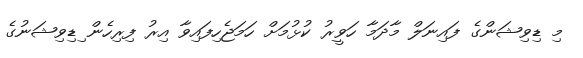
މި ޑިވިޝަންގެ ފައިނަލް މާދަމާ ހަވީރު ކުޅުމަށް ހަމަޖެހިފައިވާ އިރު ފިރިހެން ިޑިވިޝަނުގެ